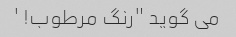
می گوید "رنگ مرطوب! '